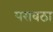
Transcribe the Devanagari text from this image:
परावठा